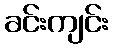
ခင်းကျင်း